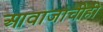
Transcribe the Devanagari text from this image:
आवाजाचीही